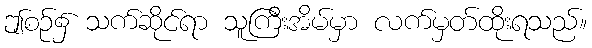
ဤစဉ်၌ သက်ဆိုင်ရာ သူကြီးအိမ်မှာ လက်မှတ်ထိုးရသည်။